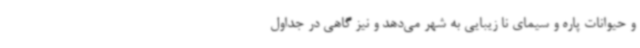
و حیوانات پاره و سیمای نا زیبایی به شهر می‌دهد و نیز گاهی در جداول